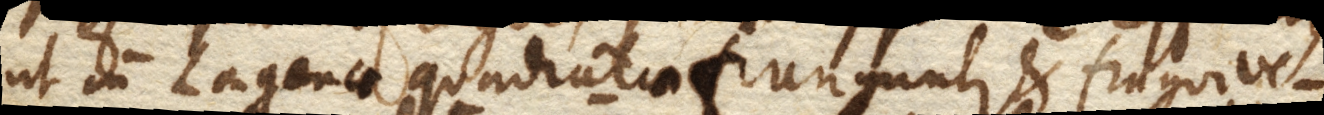
ut cum Lagenae quadratae franguntur, et fragor ve–